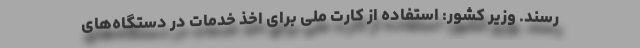
‌رسند. وزیر کشور: استفاده از کارت ملی برای اخذ خدمات در دستگاه‌های